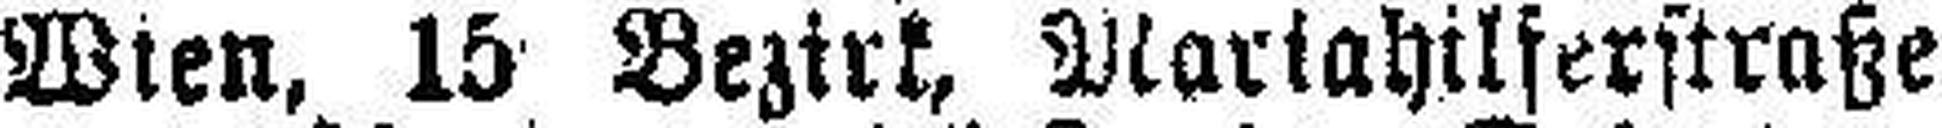
Wien, 15 Bezirk, Mariahilferstraße